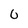
Character: 0